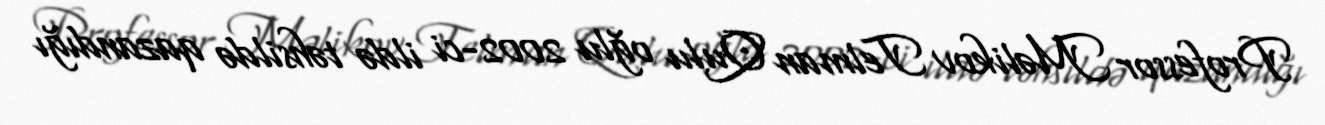
Professor Məlikov Telman Qulu oğlu 2002-ci ildə təhsildə qazandığı